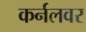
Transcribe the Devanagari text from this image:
कर्नलवर